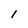
Character: I